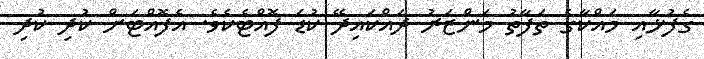
ގެފުޅާއި މައްކާގެ ތަފާތު މަންޒަރު ދައްކައިދޭ ކުޑަ ފޮއްޓެކެވެ. އެފޮއްޓަށް ކުދި ކުދި